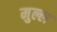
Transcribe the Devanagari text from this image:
मुल्ल